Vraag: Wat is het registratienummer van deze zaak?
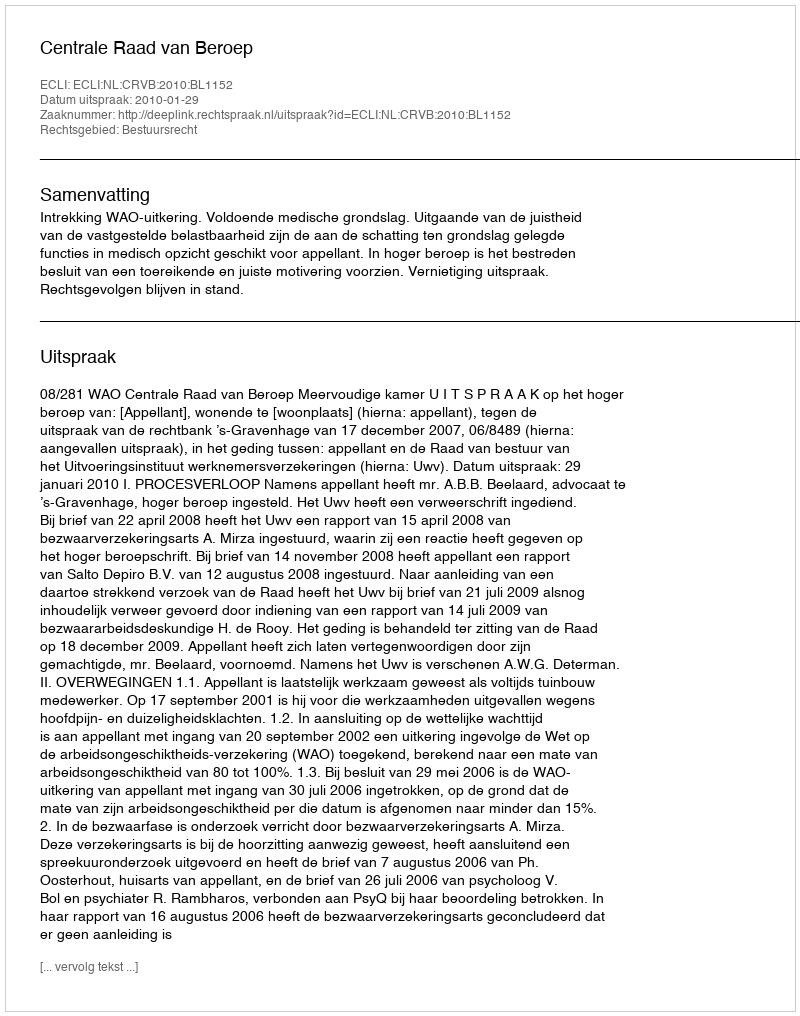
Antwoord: http://deeplink.rechtspraak.nl/uitspraak?id=ECLI:NL:CRVB:2010:BL1152